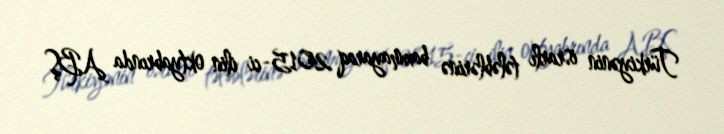
Türkiyənin israrlı tələblərinə baxmayaraq 2015-ci ilin oktyabrında ABŞ